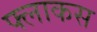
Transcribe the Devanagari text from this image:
फ्लाकस